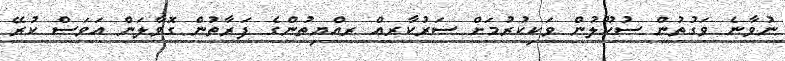
ނުވާނެ ވަގުތުން ސުކޫލުން ވަކިކުރުމަށް ސަރުކާރއް ރއްޔިތުންގެ ފަރާތުން ގޮވާލަން އަވަސް ކުރޭ